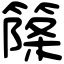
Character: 𥱥